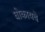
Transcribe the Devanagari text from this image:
घोकायचे